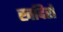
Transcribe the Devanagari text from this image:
खदिरो